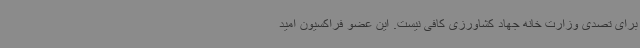
برای تصدی وزارت خانه جهاد کشاورزی کافی نیست. این عضو فراکسیون امید